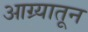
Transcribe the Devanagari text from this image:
आग्र्यातून